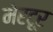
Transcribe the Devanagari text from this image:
मेरटूर